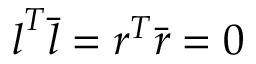
\boldsymbol { l } ^ { T } \bar { \boldsymbol { l } } = \boldsymbol { r } ^ { T } \bar { \boldsymbol { r } } = 0